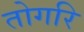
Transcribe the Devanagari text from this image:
तोगरि